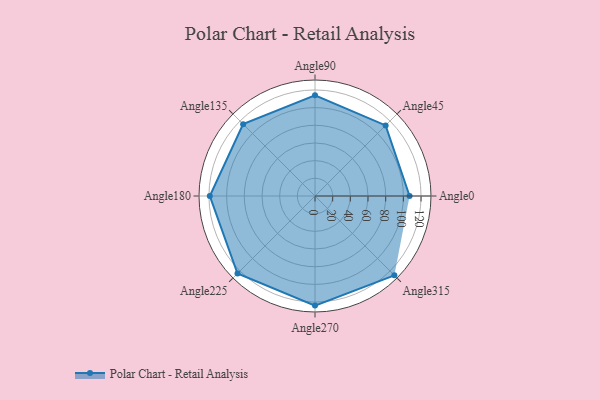
{"axis": {"x": "Angle", "y": "Radius"}, "legend": [""], "data": [{"x": "Angle0", "y": 107.0, "type": ""}, {"x": "Angle45", "y": 113.0, "type": ""}, {"x": "Angle90", "y": 114.0, "type": ""}, {"x": "Angle135", "y": 115.0, "type": ""}, {"x": "Angle180", "y": 119.0, "type": ""}, {"x": "Angle225", "y": 124.0, "type": ""}, {"x": "Angle270", "y": 124.0, "type": ""}, {"x": "Angle315", "y": 127.0, "type": ""}]}